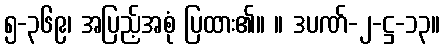
၅-၃၆၉၊ အပြည့်အစုံ ပြထား၏။ ။ ဒပဏ်-၂-ဋ္ဌ-၁၃။